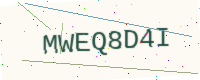
Text: MWEQ8D4I